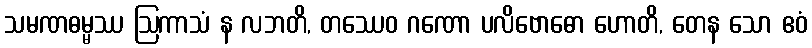
သမဏဓမ္မဿ ဩကာသံ န လဘတိ, တဿေဝ ဂဏော ပလိဗောဓော ဟောတိ, တေန သော ဧဝံ